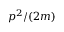
p ^ { 2 } / ( 2 m )